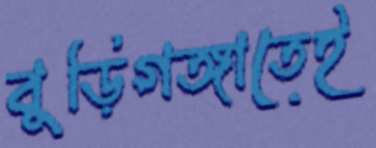
বুড়িগঙ্গাতেই